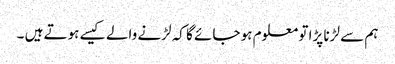
ہم سے لڑنا پڑا تو معلوم ہو جائے گا کہ لڑنے والے کیسے ہوتے ہیں ۔